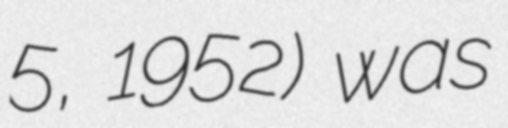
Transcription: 5, 1952) was